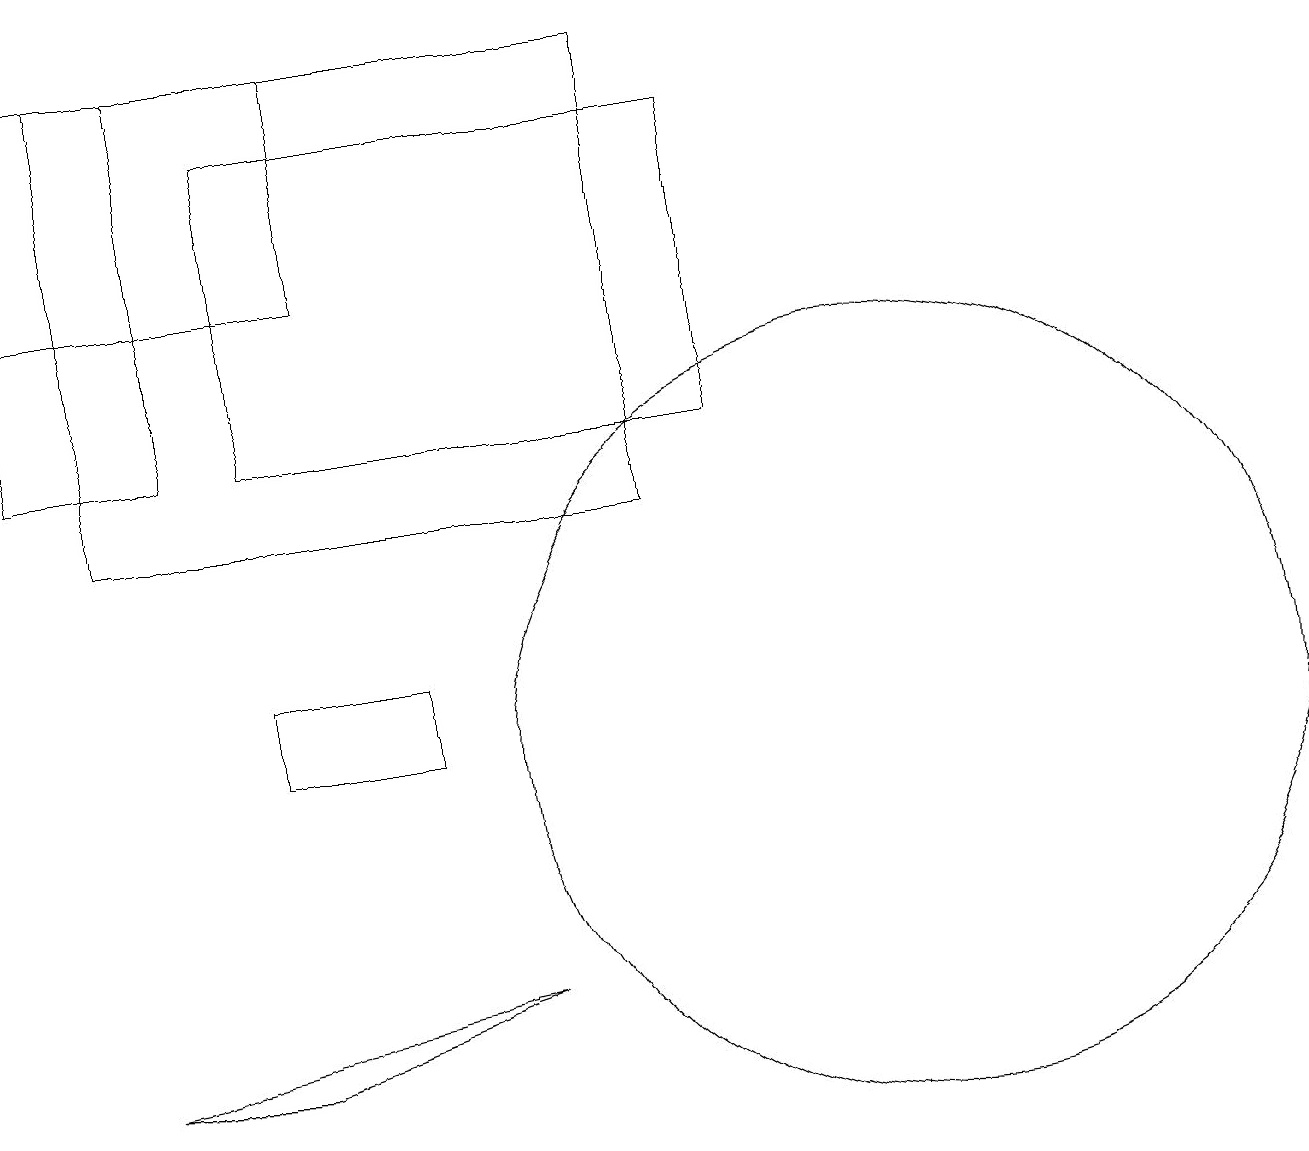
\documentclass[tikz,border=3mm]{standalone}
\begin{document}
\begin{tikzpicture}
\draw (3,11) rectangle (5,10);
\draw (1,6) -- (3,6) -- (6,7) -- cycle;
\draw (0,19) rectangle (2,14);
\draw (3,18) rectangle (9,14);
\draw (0,16) rectangle (4,19);
\draw (1,13) rectangle (8,19);
\draw (11,10) circle (5);
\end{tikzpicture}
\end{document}